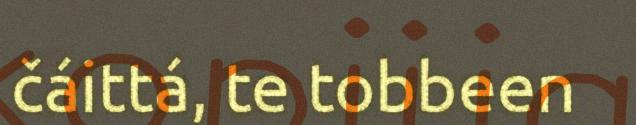
čáittá, te tobbeen